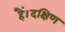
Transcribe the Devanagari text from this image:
हैं।दक्षिण